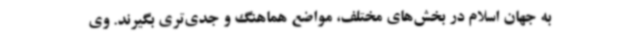
به جهان اسلام در بخش‌های مختلف، مواضع هماهنگ و جدی‌تری بگیرند. وی